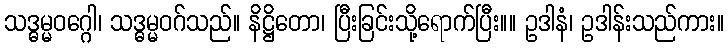
သဒ္ဓမ္မဝဂ္ဂေါ၊ သဒ္ဓမ္မဝဂ်သည်။ နိဋ္ဌိတော၊ ပြီးခြင်းသို့ရောက်ပြီး။။ ဥဒါနံ၊ ဥဒါန်းသည်ကား။